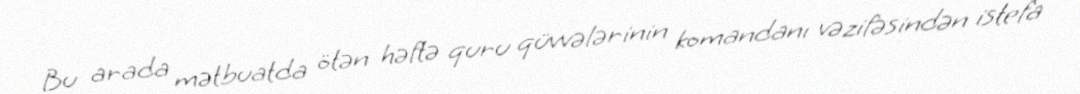
Bu arada mətbuatda ötən həftə quru qüvvələrinin komandanı vəzifəsindən istefa